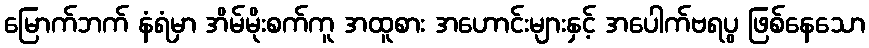
မြောက်ဘက် နံရံမှာ အိမ်မိုးစက်ကူ အထူစား အဟောင်းများနှင့် အပေါက်ဗရပွ ဖြစ်နေသော